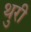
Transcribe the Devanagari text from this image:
थुरी